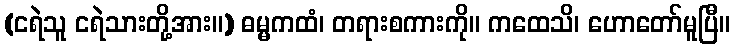
(ငရဲသူ ငရဲသားတို့အား။) ဓမ္မကထံ၊ တရားစကားကို။ ကထေသိ၊ ဟောတော်မူပြီ။